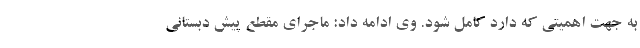
به جهت اهمیتی که دارد کامل شود. وی ادامه داد: ماجرای مقطع پیش دبستانی